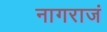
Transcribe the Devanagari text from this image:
नागराजं